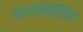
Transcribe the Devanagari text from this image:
तरंगनिर्देशित